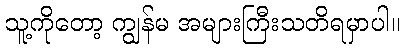
သူ့ကိုတော့ ကျွန်မ အများကြီးသတိရမှာပါ။